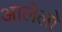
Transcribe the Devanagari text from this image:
आलेलो